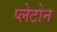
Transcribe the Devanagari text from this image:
प्लेटोन